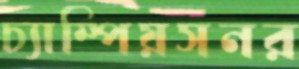
চ্যাম্পিয়সনর